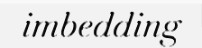
imbedding